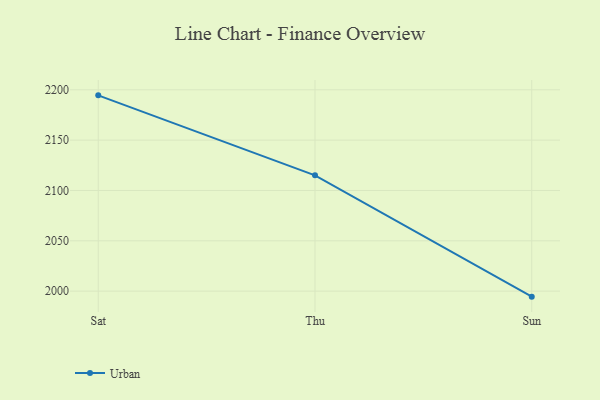
{"axis": {"x": "Day", "y": "Active Users"}, "legend": ["Urban"], "data": [{"x": "Sat", "y": 2194.5, "type": "Urban"}, {"x": "Thu", "y": 2115.0, "type": "Urban"}, {"x": "Sun", "y": 1994.5, "type": "Urban"}]}